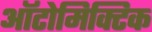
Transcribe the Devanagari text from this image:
ऑटोमिक्टिक